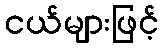
ငယ်များဖြင့်